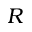
R